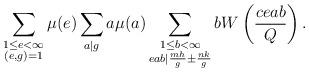
LaTeX: \begin{align*} \sum_{\substack{ 1\leq e <\infty \\ ( e ,g)=1 }} \mu(e) \sum_{a|g} a\mu(a) \sum_{\substack{ 1\leq b<\infty \\ eab|\frac{mh}{g}\pm \frac{nk}{g}}} b W\left( \frac{ceab}{Q}\right).\end{align*}